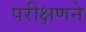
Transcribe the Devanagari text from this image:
परीक्षणने